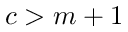
c > m + 1